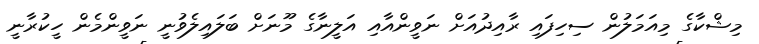
މިޝްކާގެ މިއަމަލުން ސިހިފައި ރާއިދުއަށް ނަވީންއާއި އަލީނާގެ މޫނަށް ބަލައިލެވުނީ ނަވީންމެން ހީކުރާނީ